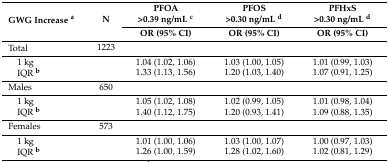
<table><thead><tr><td rowspan="2"><b>GWG Increase <sup>a</sup></b></td><td rowspan="2"><b>N</b></td><td><b>PFOA &gt;0.39 ng/mL <sup>c</sup></b></td><td><b>PFOS &gt;0.30 ng/mL <sup>d</sup></b></td><td><b>PFHxS &gt;0.30 ng/mL <sup>d</sup></b></td></tr><tr><td><b>OR (95% CI)</b></td><td><b>OR (95% CI)</b></td><td><b>OR (95% CI)</b></td></tr></thead><tbody><tr><td>Total</td><td>1223</td><td></td><td></td><td></td></tr><tr><td> 1 kg</td><td></td><td>1.04 (1.02, 1.06)</td><td>1.03 (1.00, 1.05)</td><td>1.01 (0.99, 1.03)</td></tr><tr><td> IQR <b><sup>b</sup></b></td><td></td><td>1.33 (1.13, 1.56)</td><td>1.20 (1.03, 1.40)</td><td>1.07 (0.91, 1.25)</td></tr><tr><td>Males</td><td>650</td><td></td><td></td><td></td></tr><tr><td> 1 kg</td><td></td><td>1.05 (1.02, 1.08)</td><td>1.02 (0.99, 1.05)</td><td>1.01 (0.98, 1.04)</td></tr><tr><td> IQR <b><sup>b</sup></b></td><td></td><td>1.40 (1.12, 1.75)</td><td>1.20 (0.93, 1.41)</td><td>1.09 (0.88, 1.35)</td></tr><tr><td>Females</td><td>573</td><td></td><td></td><td></td></tr><tr><td> 1 kg</td><td></td><td>1.01 (1.00, 1.06)</td><td>1.03 (1.00, 1.07)</td><td>1.00 (0.97, 1.03)</td></tr><tr><td> IQR <b><sup>b</sup></b></td><td></td><td>1.26 (1.00, 1.59)</td><td>1.28 (1.02, 1.60)</td><td>1.02 (0.81, 1.29)</td></tr></tbody></table>